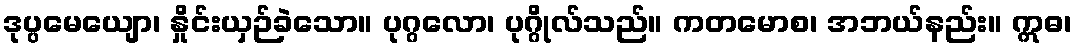
ဒုပ္ပမေယျော၊ နှိုင်းယှဉ်ခဲသော။ ပုဂ္ဂလော၊ ပုဂ္ဂိုလ်သည်။ ကတမောစ၊ အဘယ်နည်း။ ဣဓ၊